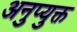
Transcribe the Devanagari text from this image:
अनुप्युक्त